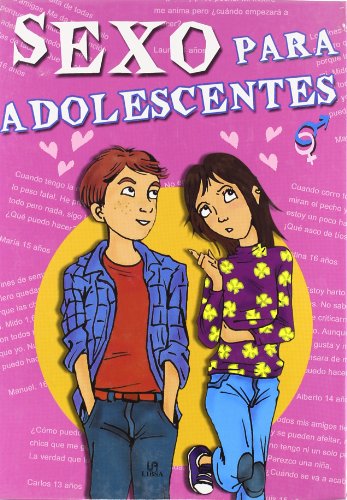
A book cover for Sexo para adolescentes / Teen Sex (Spanish Edition); Conchita Madueno; Teen & Young Adult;